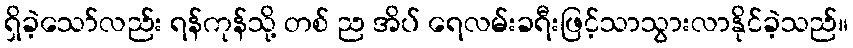
ရှိခဲ့သော်လည်း ရန်ကုန်သို့ တစ် ည အိပ် ရေလမ်းခရီးဖြင့်သာသွားလာနိုင်ခဲ့သည်။